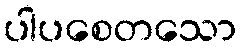
ပါပစေတသော